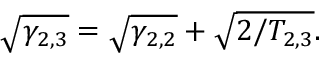
\sqrt { \gamma _ { 2 , 3 } } = \sqrt { \gamma _ { 2 , 2 } } + \sqrt { 2 / T _ { 2 , 3 } } .